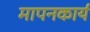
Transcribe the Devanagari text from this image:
मापनकार्य